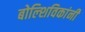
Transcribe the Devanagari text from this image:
बोल्शिविकांनी